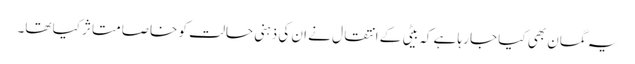
یہ گمان بھی کیا جا رہا ہے کہ بیٹی کے انتقال نے ان کی ذہنی حالت کو خاصا متاثر کیا تھا۔